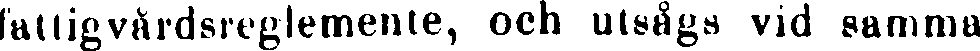
fattigvårdsreglemente, och utsågs vid samma